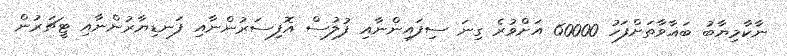
ނާކާމިޔާބު ބަޣާވާތަށްފަހު 60000 އަށްވުރެ ގިނަ ސިފައިންނާއި ފުލުސް އޮފިސަރުންނާއި ފަނޑިޔާރުންނާއި ޓީޗަރުން